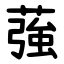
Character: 蔃